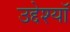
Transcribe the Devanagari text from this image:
उद्देश्यॉ